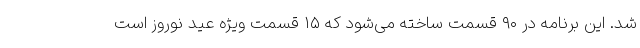
شد. این برنامه در ۹۰ قسمت ساخته می‌شود که ۱۵ قسمت ویژه عید نوروز است